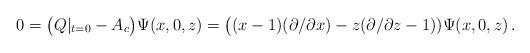
LaTeX: \begin{align*}0=\bigl(Q|_{t=0}-A_c\bigr)\Psi(x,0,z)=\bigl((x-1)(\partial /\partial x)-z(\partial /\partial z-1))\Psi(x,0,z)\,.\end{align*}